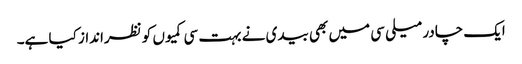
ایک چادر میلی سی میں بھی بیدی نے بہت سی کمیوں کو نظرانداز کیا ہے۔